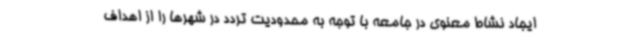
ایجاد نشاط معنوی در جامعه با توجه به محدودیت تردد در شهرها را از اهداف